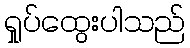
ရှုပ်ထွေးပါသည်